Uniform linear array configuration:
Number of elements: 12
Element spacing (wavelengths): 0.25
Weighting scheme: hamming
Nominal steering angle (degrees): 30
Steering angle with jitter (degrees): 31.122
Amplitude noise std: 0.05
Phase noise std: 0.05

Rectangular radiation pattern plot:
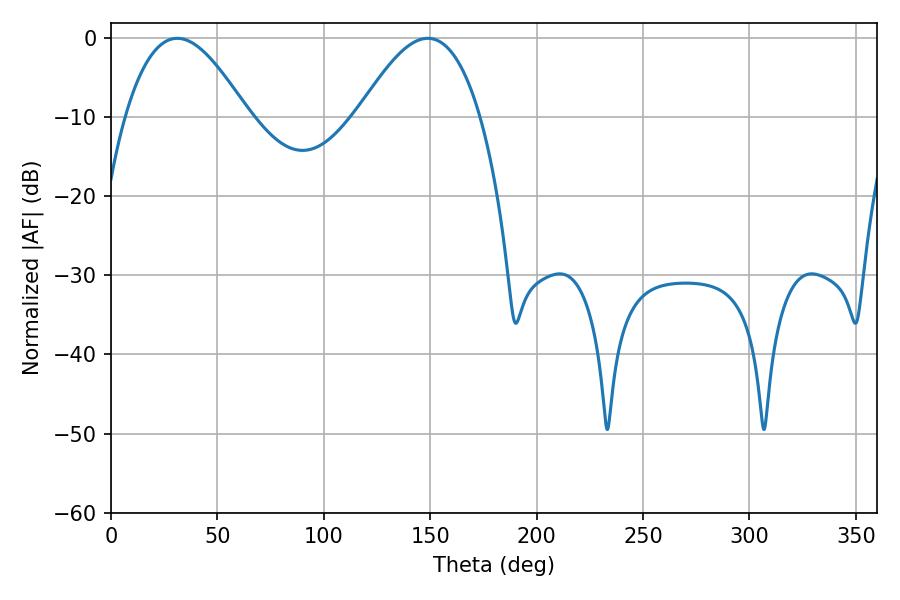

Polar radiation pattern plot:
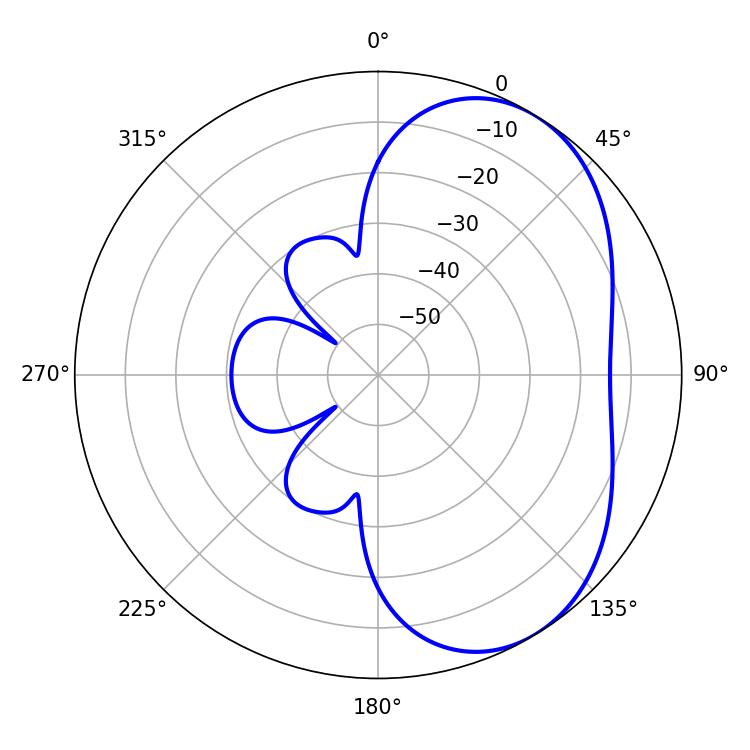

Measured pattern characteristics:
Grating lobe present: FALSE
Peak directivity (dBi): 4.729
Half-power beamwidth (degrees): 31.32
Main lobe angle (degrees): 31.14